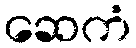
ဆေကံ